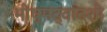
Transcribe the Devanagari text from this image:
भीष्मद्वादशी